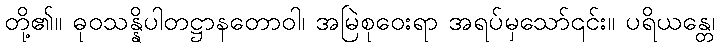
တို့၏။ ဓုဝသန္နိပါတဋ္ဌာနတောဝါ၊ အမြဲစုဝေးရာ အရပ်မှသော်၎င်း။ ပရိယန္တေ၊